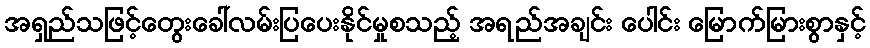
အရှည်သဖြင့်တွေးခေါ်လမ်းပြပေးနိုင်မှုစသည့် အရည်အချင်း ပေါင်း မြောက်မြားစွာနှင့်